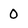
Character: 0